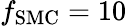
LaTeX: f_{\mathrm{SMC}}=10